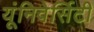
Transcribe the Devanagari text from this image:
यूंनिवेर्सिटी